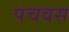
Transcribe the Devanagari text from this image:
पचवस